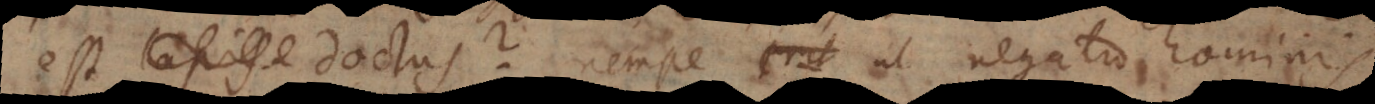
est lapis doctus? nempe ut negatio hominis